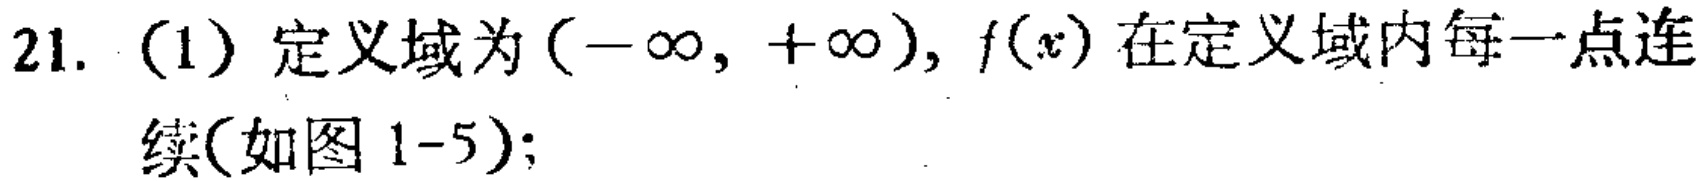
21. (1) 定义域为\((-\infty, +\infty)\)，\(f(x)\)在定义域内每一点连续(如图 1-5)；